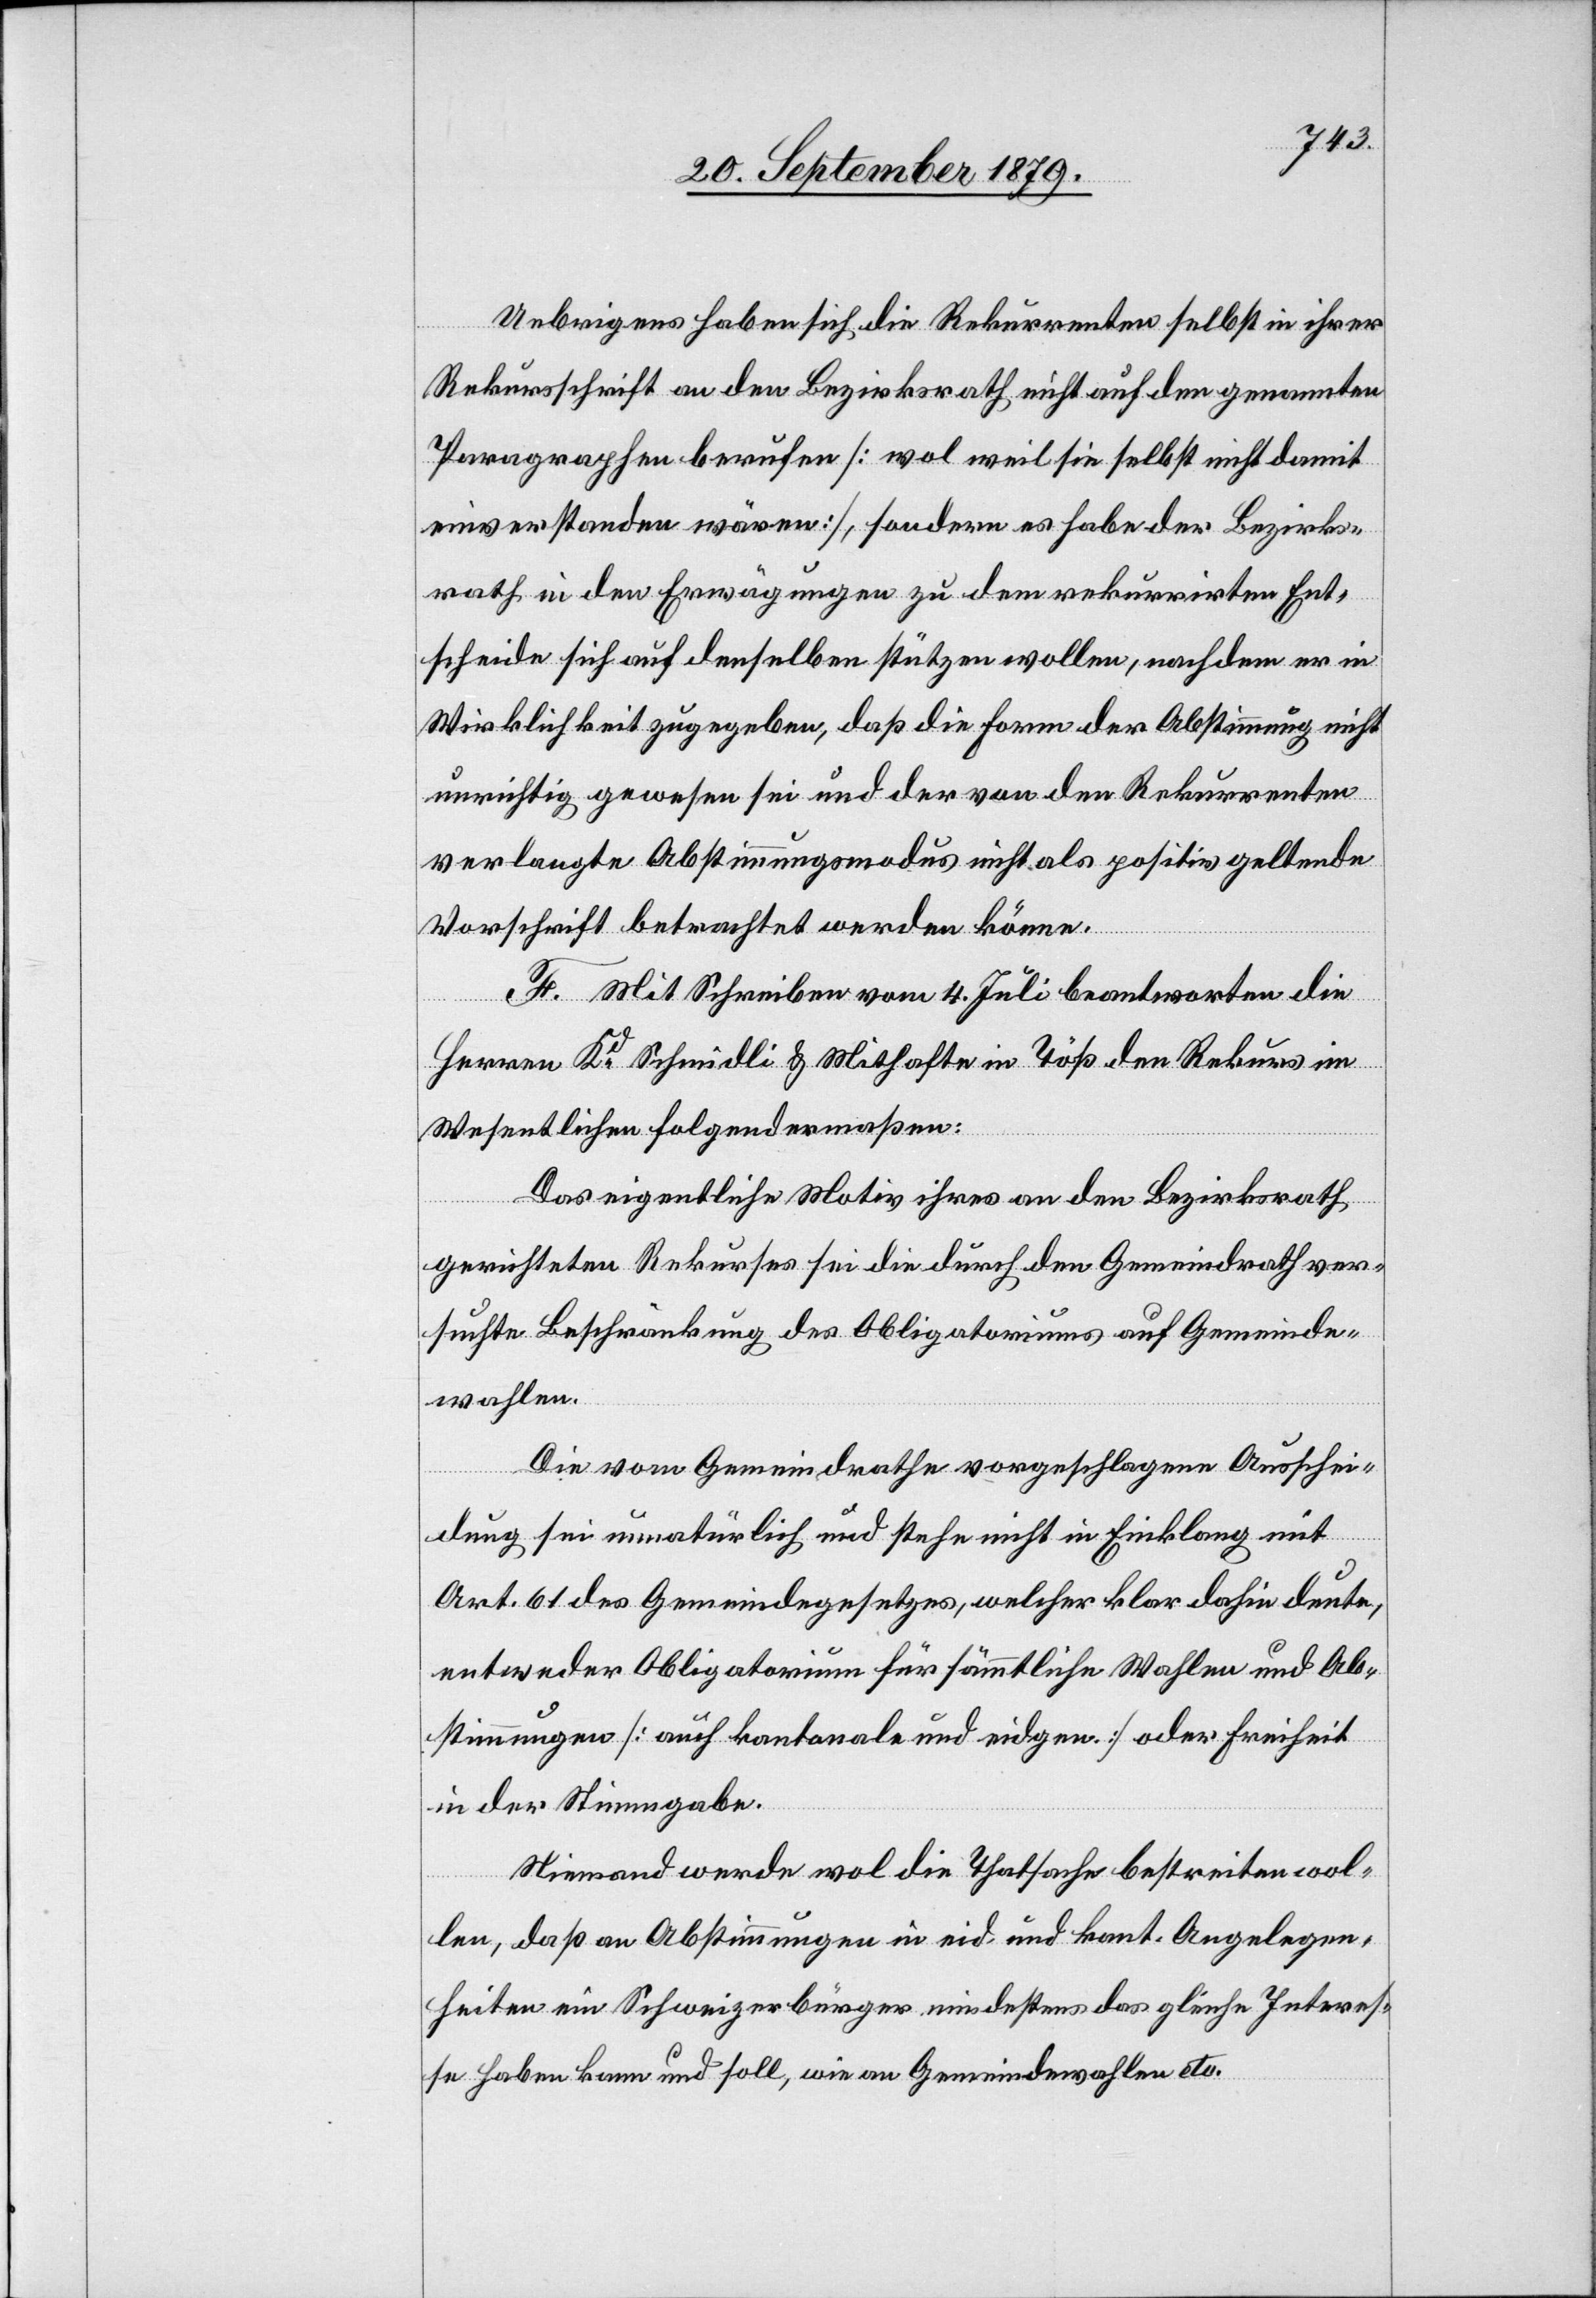
Uebrigens haben sich die Rekurrenten selbst in ihrer
Rekursschrift an den Bezirksrath nicht auf den genannten
Paragraphen berufen [wol weil sie selbst nicht damit
einverstanden wären], sondern es habe der Bezirks¬
rath in den Erwägungen zu dem rekurrirten Ent¬
scheide sich auf denselben stützen wollen, nachdem er in
Wirklichkeit zugegeben, daß die Form der Abstimmung nicht
unrichtig gewesen sei und der von den Rekurrenten
verlangte Abstimmungsmodus nicht als positiv geltende
Vorschrift betrachtet werden könne.
F. Mit Schreiben vom 4. Juli beantworten die
Herren Kd Schmidli & Mithafte in Töß den Rekurs im
Wesentlichen folgendermaßen:
Das eigentliche Motiv ihres an den Bezirksrath
gerichteten Rekurses sei die durch den Gemeindrath ver¬
suchte Beschränkung des Obligatoriums auf Gemeinde¬
wahlen.
Die vom Gemeindrathe vorgeschlagene Ausschei¬
dung sei unnatürlich und stehe nicht in Einklang mit
Art. 61 des Gemeindegesetzes, welcher klar dahin deute,
entweder Obligatorium für sämmtliche Wahlen und Ab¬
stimmungen [auf kantonale und eidgen.] oder Freiheit
in der Stimmgabe.
Niemand werde wol die Thatsache bestreiten wol¬
len, daß an Abstimmungen in eid. und kant. Angelegen¬
heiten ein Schweizerbürger mindestens das gleiche Interes¬
se haben kann und soll, wie an Gemeindewahlen etc.